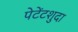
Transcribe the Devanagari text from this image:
पेटेंटशुदा